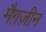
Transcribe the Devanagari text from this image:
मैग़ज़ीन